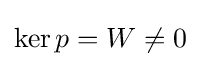
\operatorname {ker} p=W\neq 0